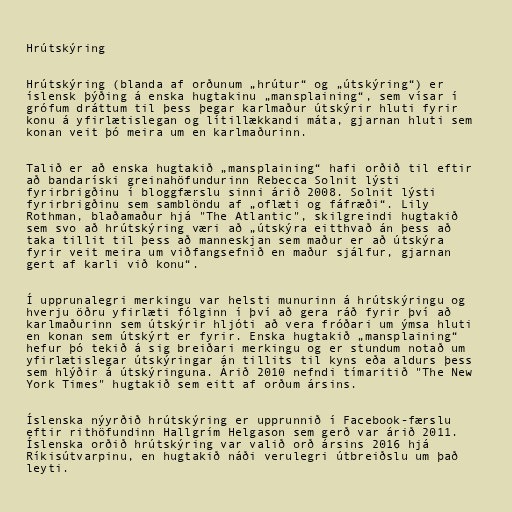
Hrútskýring

Hrútskýring (blanda af orðunum „hrútur“ og „útskýring“) er
íslensk þýðing á enska hugtakinu „mansplaining“, sem vísar í
grófum dráttum til þess þegar karlmaður útskýrir hluti fyrir
konu á yfirlætislegan og lítillækkandi máta, gjarnan hluti sem
konan veit þó meira um en karlmaðurinn.

Talið er að enska hugtakið „mansplaining“ hafi orðið til eftir
að bandaríski greinahöfundurinn Rebecca Solnit lýsti
fyrirbrigðinu í bloggfærslu sinni árið 2008. Solnit lýsti
fyrirbrigðinu sem samblöndu af „oflæti og fáfræði“. Lily
Rothman, blaðamaður hjá "The Atlantic", skilgreindi hugtakið
sem svo að hrútskýring væri að „útskýra eitthvað án þess að
taka tillit til þess að manneskjan sem maður er að útskýra
fyrir veit meira um viðfangsefnið en maður sjálfur, gjarnan
gert af karli við konu“.

Í upprunalegri merkingu var helsti munurinn á hrútskýringu og
hverju öðru yfirlæti fólginn í því að gera ráð fyrir því að
karlmaðurinn sem útskýrir hljóti að vera fróðari um ýmsa hluti
en konan sem útskýrt er fyrir. Enska hugtakið „mansplaining“
hefur þó tekið á sig breiðari merkingu og er stundum notað um
yfirlætislegar útskýringar án tillits til kyns eða aldurs þess
sem hlýðir á útskýringuna. Árið 2010 nefndi tímaritið "The New
York Times" hugtakið sem eitt af orðum ársins.

Íslenska nýyrðið hrútskýring er upprunnið í Facebook-færslu
eftir rithöfundinn Hallgrím Helgason sem gerð var árið 2011.
Íslenska orðið hrútskýring var valið orð ársins 2016 hjá
Ríkisútvarpinu, en hugtakið náði verulegri útbreiðslu um það
leyti.